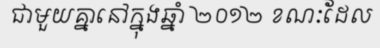
ជាមួយគ្នានៅក្នុងឆ្នាំ ២០១២ ខណៈដែល